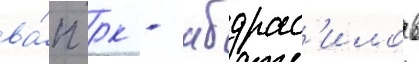
ва́п рк - абдрас'илов